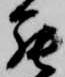
罷